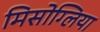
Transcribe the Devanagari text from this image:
मिसोग्लिया